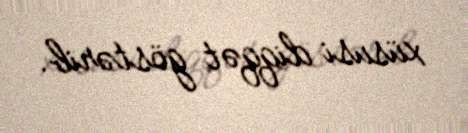
xüsusi diqqət göstərib.